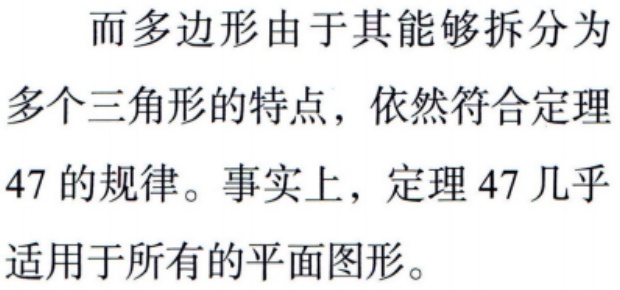
而多边形由于其能够拆分为多个三角形的特点，依然符合定理47的规律。事实上，定理47几乎适用于所有的平面图形。